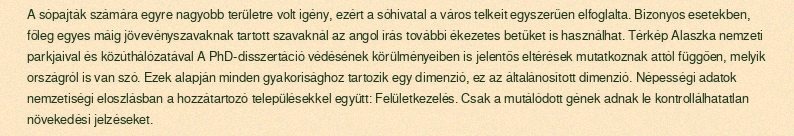
A sópajták számára egyre nagyobb területre volt igény, ezért a sóhivatal a város telkeit egyszerűen elfoglalta. Bizonyos esetekben, főleg egyes máig jövevényszavaknak tartott szavaknál az angol írás további ékezetes betűket is használhat. Térkép Alaszka nemzeti parkjaival és közúthálózatával A PhD-disszertáció védésének körülményeiben is jelentős eltérések mutatkoznak attól függően, melyik országról is van szó. Ezek alapján minden gyakorisághoz tartozik egy dimenzió, ez az általánosított dimenzió. Népességi adatok nemzetiségi eloszlásban a hozzátartozó településekkel együtt: Felületkezelés. Csak a mutálódott gének adnak le kontrollálhatatlan növekedési jelzéseket.